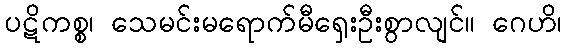
ပဋိကစ္စ၊ သေမင်းမရောက်မီရှေးဦးစွာလျင်။ ဂေဟိ၊